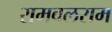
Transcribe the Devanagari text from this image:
रामबलराम